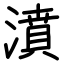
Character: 濆